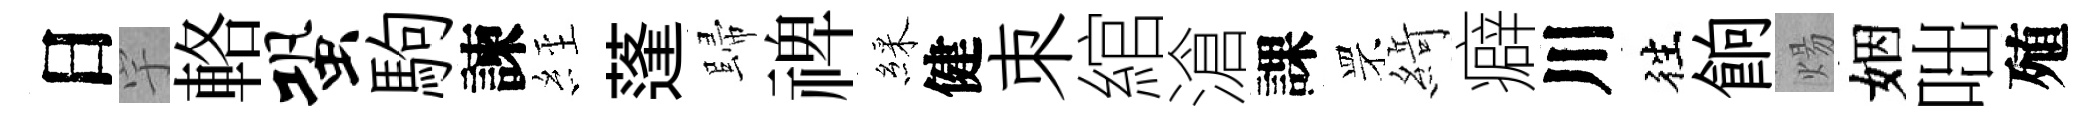
日宇輅蛩駒諫𦀇蓬歸禆綵健朿綰滄課罘𦂶癖川徃餉煬姻咄殖